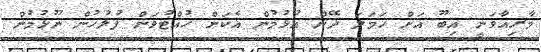
މާރިއާވަނީ އިބޫ އަށް ހަމަލަ ދޭން އުޅުމުން އެކަން ހުއްޓުވަން ފުލުހުން ނޫޅުމުން